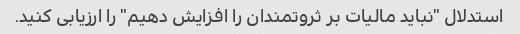
استدلال "نباید مالیات بر ثروتمندان را افزایش دهیم" را ارزیابی کنید.